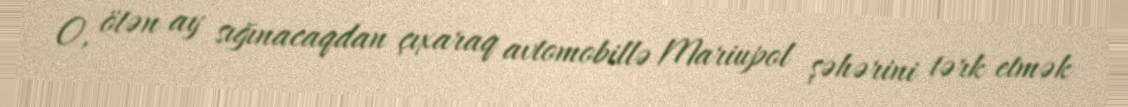
O, ötən ay sığınacaqdan çıxaraq avtomobillə Mariupol şəhərini tərk etmək